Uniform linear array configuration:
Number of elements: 48
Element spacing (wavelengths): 0.25
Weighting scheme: uniform
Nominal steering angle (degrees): -45
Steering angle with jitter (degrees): -44.784
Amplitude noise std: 0.05
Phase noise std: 0.05

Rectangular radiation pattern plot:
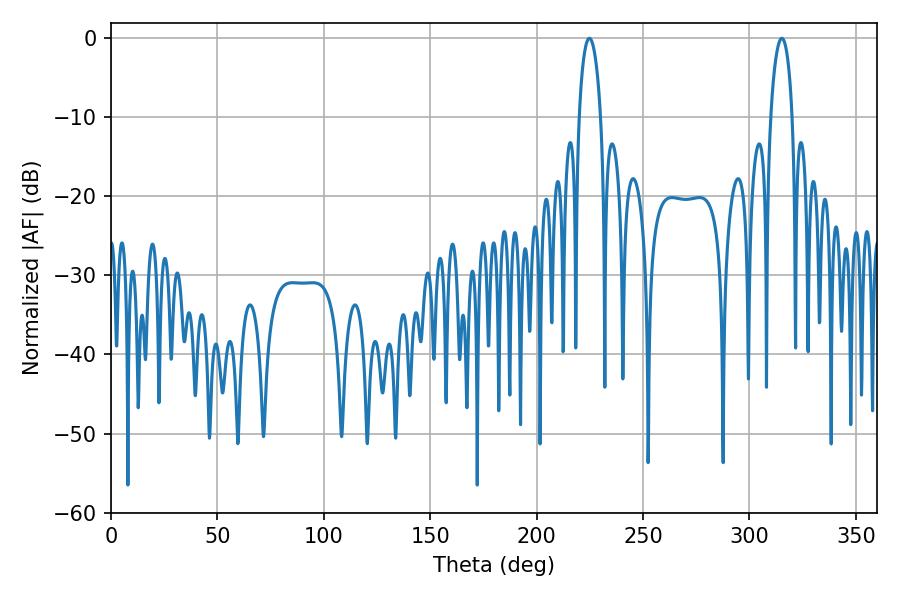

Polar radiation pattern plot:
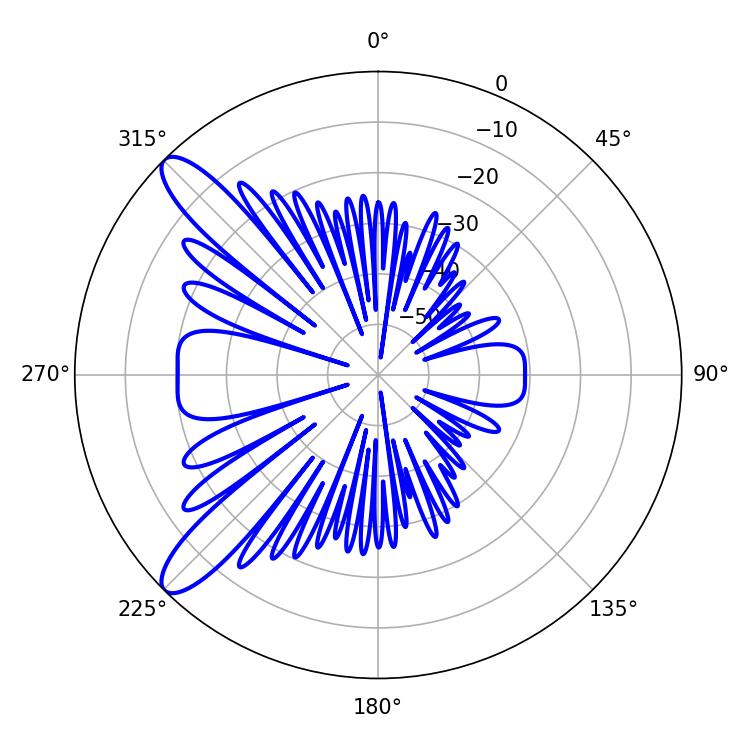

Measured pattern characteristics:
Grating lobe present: FALSE
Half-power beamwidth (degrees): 5.76
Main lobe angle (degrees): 315.18